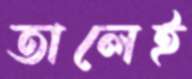
তালেই